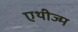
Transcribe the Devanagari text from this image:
एथीज्म